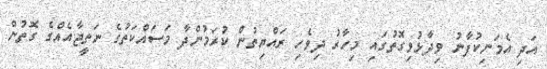
އަދި އެމަނިކުފާނު ވިދާޅުވިގޮތުގައި މިހާރު ދިވެހި ރައްޔިތުން ކުރަމުންދާ މަސައްކަތުގެ ނަތީޖާއެއްގެ ގޮތުން